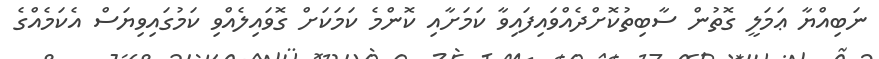
ނަބިއްޔާ ޢަމަލީ ގޮތުން ސާބިތުކޮށްދެއްވައިފައިވާ ކަމަށާއި ކޮންމެ ކަމަކަށް ގޮވައިލެއްވި ކަމުގައިވިޔަސް އެކަމެއްގެ